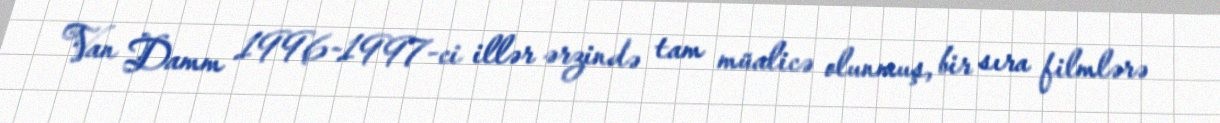
Van Damm 1996-1997-ci illər ərzində tam müalicə olunmuş, bir sıra filmlərə